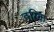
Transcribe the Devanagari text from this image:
हरिक